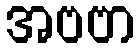
အဗဗာ